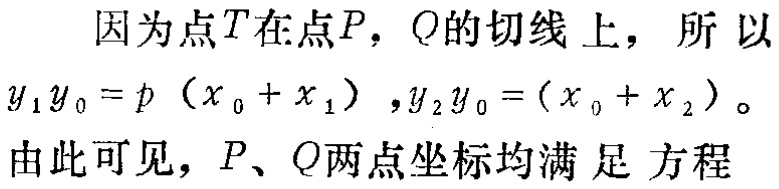
因为点\(T\)在点\(P\)，\(Q\)的切线上，所以
\(y_{1}y_{0}=p\left(x_{0}+x_{1}\right),y_{2}y_{0}=(x_{0}+x_{2})\)。
由此可见，\(P\)、\(Q\)两点坐标均满足方程